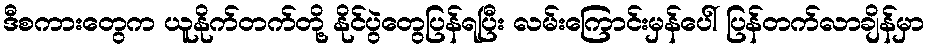
ဒီစကားတွေက ယူနိုက်တက်တို့ နိုင်ပွဲတွေပြန်ရပြီး လမ်းကြောင်းမှန်ပေါ် ပြန်တက်လာချိန်မှာ